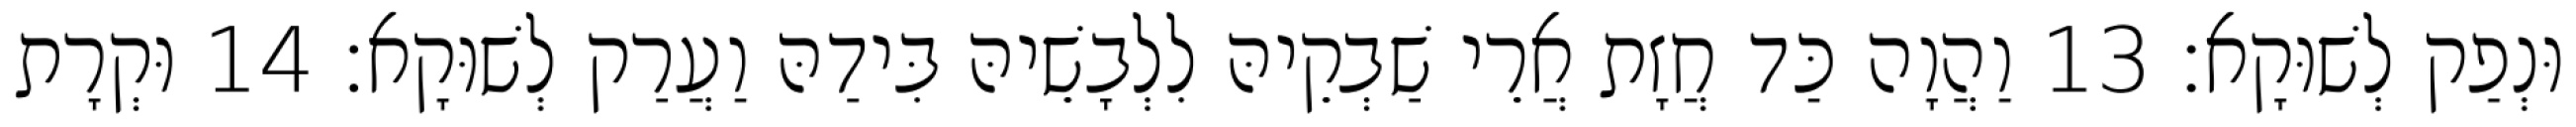
וּנְפַק לְשׁוּקָא׃ 13 וַהֲוָה כַּד חֲזָת אֲרֵי שַׁבְקֵיהּ לִלְבָשֵׁיהּ בִּידַהּ וַעֲרַק לְשׁוּקָא׃ 14 וּקְרָת